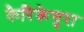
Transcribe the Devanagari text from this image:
कैरिकेचुरा